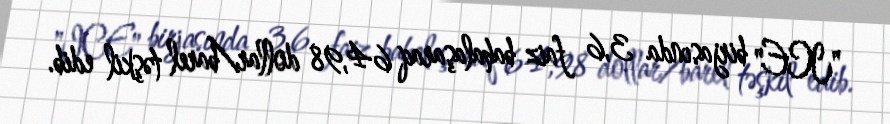
"ICE" birjasında 3,6 faiz bahalaşaraq 64,98 dollar/barel təşkil edib.